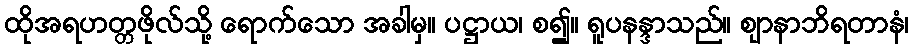
ထိုအရဟတ္တဖိုလ်သို့ ရောက်သော အခါမှ။ ပဋ္ဌာယ၊ စ၍။ ရူပနန္ဒာသည်။ ဈာနာဘိရတာနံ၊